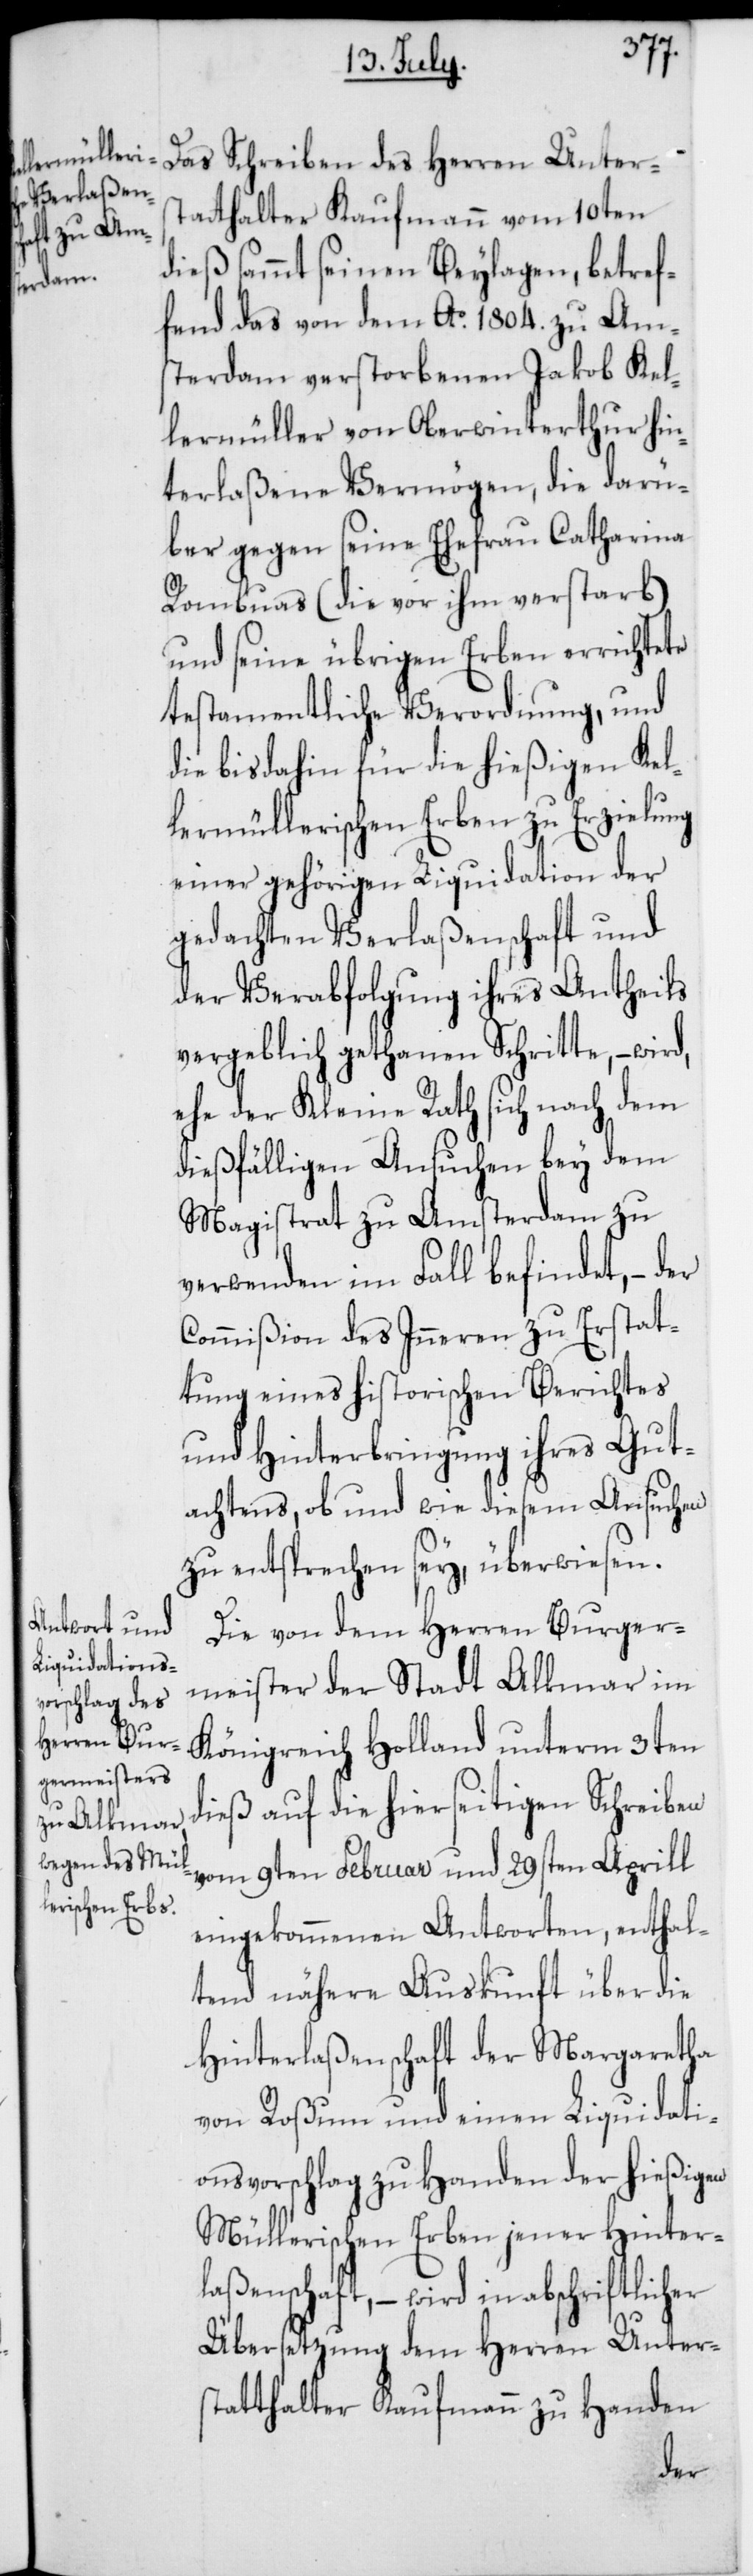
Das Schreiben des Herren Unters¬
tatthalter Kaufmann vom 10ten
dieß sammt seinen Beylagen, betref¬
fend das von dem Ao 1804. zu Am¬
sterdam verstorbenen Jakob Kel¬
lermüller von Oberwinterthur hin¬
terlaßene Vermögen, die darü¬
ber gegen seine Ehefrau Catharina
Rombuas (die vor ihm verstarb)
und seine übrigen Erben errichtete
testamentliche Verordnung, und
die bis dahin für die hießigen Kel¬
lermüllerischen Erben zu Erzielung
einer gehörigen Liquidation der
gedachten Verlaßenschaft und
der Verabfolgung ihres Antheils
vergeblich gethanen Schritte, – wird,
ehe der Kleine Rath sich nach dem
dießfälligen Ansuchen bey dem
Magistrath zu Amsterdam zu
verwenden im Fall befindet, – der
Commißion des Inneren zu Erstat¬
tung eines historischen Berichtes
und Hinterbringung ihres Gut¬
achtens, ob und wie diesem Ansuchen
zu entsprechen sey, überwiesen.
Die von dem Herren Burger¬
meister der Stadt Alkmar im
Königreich Holland unterm 3ten
dieß auf die hierseitigen Schreiben
vom 9ten Februar und 29sten Aprill
eingekommenen Antworten, enthal¬
tend nähere Auskunft über die
Hinterlaßenschaft der Margaretha
von Roßum und einen Liquidati¬
onsvorschlag zu Handen der hießigen
Müllerischen Erben jener Hinter¬
laßenschaft, – wird in abschriftlicher
Übersetzung dem Herren Unters¬
tatthalter Kaufmann zu Handen